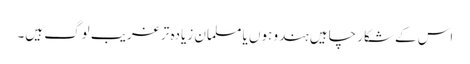
اس کے شکار چاہیں ہندو ہوں یا مسلمان زیادہ تر غریب لوگ ہیں۔